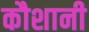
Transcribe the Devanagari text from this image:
कौशानी